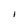
Character: l